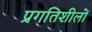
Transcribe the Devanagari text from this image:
प्रगतिशीलों